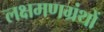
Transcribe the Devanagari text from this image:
लक्षमणग्रंथों